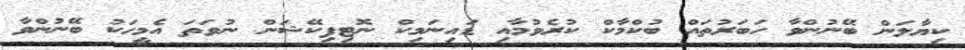
ކިޔާލަން ބޭނުންވާ ހަބަރުތައް ބުކްމާކް ކުރެވުމާއި ޑައިނަމިކް ނޮޓިފިކޭޝަން ނުވަތަ އެމީހަކު ބޭނުންވާ